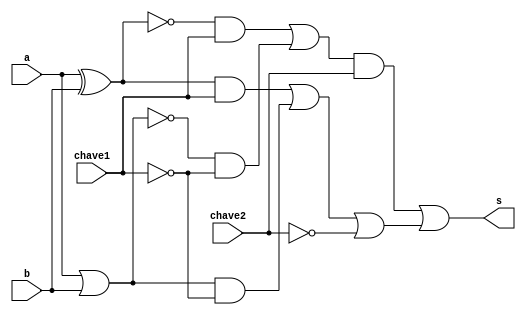
// ------------------------- 
// Exemplo0034 - NAND NOR 
// Nome: Dbora Deslandes de Almeida 
// ------------------------- 
// ------------------------- 
// mult3_gate 
// ------------------------- 
module mult3 (s,a,b,chave1,chave2);
	
	output s;
	wire temp1;
	wire temp2;
	wire temp3;
	wire temp4;
	wire temp5;
	wire temp6;
	wire temp7;
	wire temp8;
	wire temp9;
	wire temp10;
	wire temp11;
	wire temp12;
	
	input a;
	input b;	 
	input chave1;
	input chave2;
	
	assign temp1 = (~(a^b));
	assign temp2 = a^b;
	assign temp3 = (~(a|b));
	assign temp4 = a|b;
	assign temp5 = temp1 & chave1;
	assign temp6 = temp3 & ~chave1;
	assign temp7 = temp2 & chave1;
	assign temp8 = temp4 & ~chave1;
	assign temp9 = temp5 | temp6;
	assign temp10 = temp7 | temp8;
	assign temp11 = temp9 & chave2;
	assign temp12 = temp10 | ~chave2;
	assign s = temp11 | temp12;
endmodule
	
// -------------------------
// test module multiplexador
// -------------------------

module testmult3;
	reg a;
	reg b;
	reg chave1;
	reg chave2;
	
	wire s;
	
	mult3 banana (s,a,b,chave1,chave2);
	
	initial begin: main
		$display ("Exemplo 0034 - Dbora  Deslandes de Almeida Batista");
		$display ("Matricula : 451549");
		$display ("Test LU's module ");
		$display ("\n  a	  b	chave1	 chave2	  s");
		a = 0; b = 0; chave1 = 0; chave2 = 0;
		//testes
		$monitor("%3b\t%3b\t%3b\t%3b\t%3b",a,b,chave1,chave2,s);
			//#1 a = 0; b = 0; chave1 = 0; chave2 = 0;
			#1 a = 0; b = 1; chave1 = 0; chave2 = 0;
			#1 a = 1; b = 0; chave1 = 0; chave2 = 0;
			#1 a = 1; b = 1; chave1 = 0; chave2 = 0;
			#1 a = 0; b = 0; chave1 = 1; chave2 = 0;
			#1 a = 0; b = 1; chave1 = 1; chave2 = 0;
			#1 a = 1; b = 0; chave1 = 1; chave2 = 0;
			#1 a = 1; b = 1; chave1 = 1; chave2 = 0;
			#1 a = 0; b = 0; chave1 = 0; chave2 = 1;
			#1 a = 0; b = 1; chave1 = 0; chave2 = 1;
			#1 a = 1; b = 0; chave1 = 0; chave2 = 1;
			#1 a = 1; b = 1; chave1 = 0; chave2 = 1;
			#1 a = 0; b = 0; chave1 = 1; chave2 = 1;
			#1 a = 0; b = 1; chave1 = 1; chave2 = 1;
			#1 a = 1; b = 0; chave1 = 1; chave2 = 1;
			#1 a = 1; b = 1; chave1 = 1; chave2 = 1; 
	end
endmodule